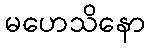
မဟေသိနော